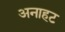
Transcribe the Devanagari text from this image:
अनाहट